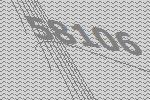
58106